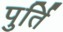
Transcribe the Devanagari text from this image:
पुर्ति